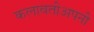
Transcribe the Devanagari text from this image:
कलावतीअपनी